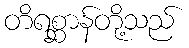
တိရစ္ဆာန်တို့သည်